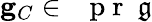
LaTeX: \mathbf{g}_{C}\in\mathrm{~\textbf~{~p~r~}~}\mathfrak{g}